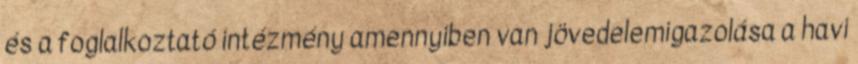
és a foglalkoztató intézmény amennyiben van jövedelemigazolása a havi